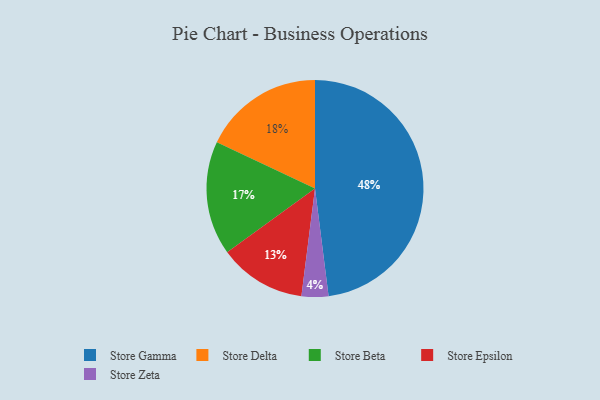
{"axis": {"x": "Category", "y": "Percentage"}, "legend": ["Store Beta", "Store Delta", "Store Epsilon", "Store Gamma", "Store Zeta"], "data": [{"x": "Store Zeta", "y": 4, "type": "Store Zeta"}, {"x": "Store Delta", "y": 18, "type": "Store Delta"}, {"x": "Store Gamma", "y": 48, "type": "Store Gamma"}, {"x": "Store Epsilon", "y": 13, "type": "Store Epsilon"}, {"x": "Store Beta", "y": 17, "type": "Store Beta"}]}